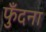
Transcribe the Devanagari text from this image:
फुँदना